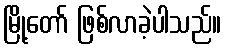
မြို့တော် ဖြစ်လာခဲ့ပါသည်။